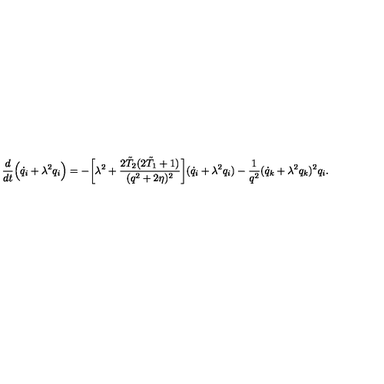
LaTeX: \frac { d } { d t } \Bigl ( \dot { q } _ { i } + \lambda ^ { 2 } q _ { i } \Bigr ) = - \biggl [ \lambda ^ { 2 } + \frac { 2 \tilde { T } _ { 2 } ( 2 \tilde { T } _ { 1 } + 1 ) } { ( q ^ { 2 } + 2 \eta ) ^ { 2 } } \biggr ] ( \dot { q } _ { i } + \lambda ^ { 2 } q _ { i } ) - \frac { 1 } { q ^ { 2 } } ( \dot { q } _ { k } + \lambda ^ { 2 } q _ { k } ) ^ { 2 } q _ { i } .